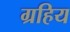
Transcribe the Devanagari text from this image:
ग्रहिय